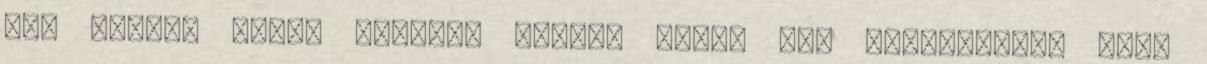
egy néhány hetes otthoni edzés. Ezért úgy döntöttünk, hogy